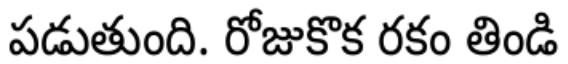
పడుతుంది. రోజుకొక రకం తిండి